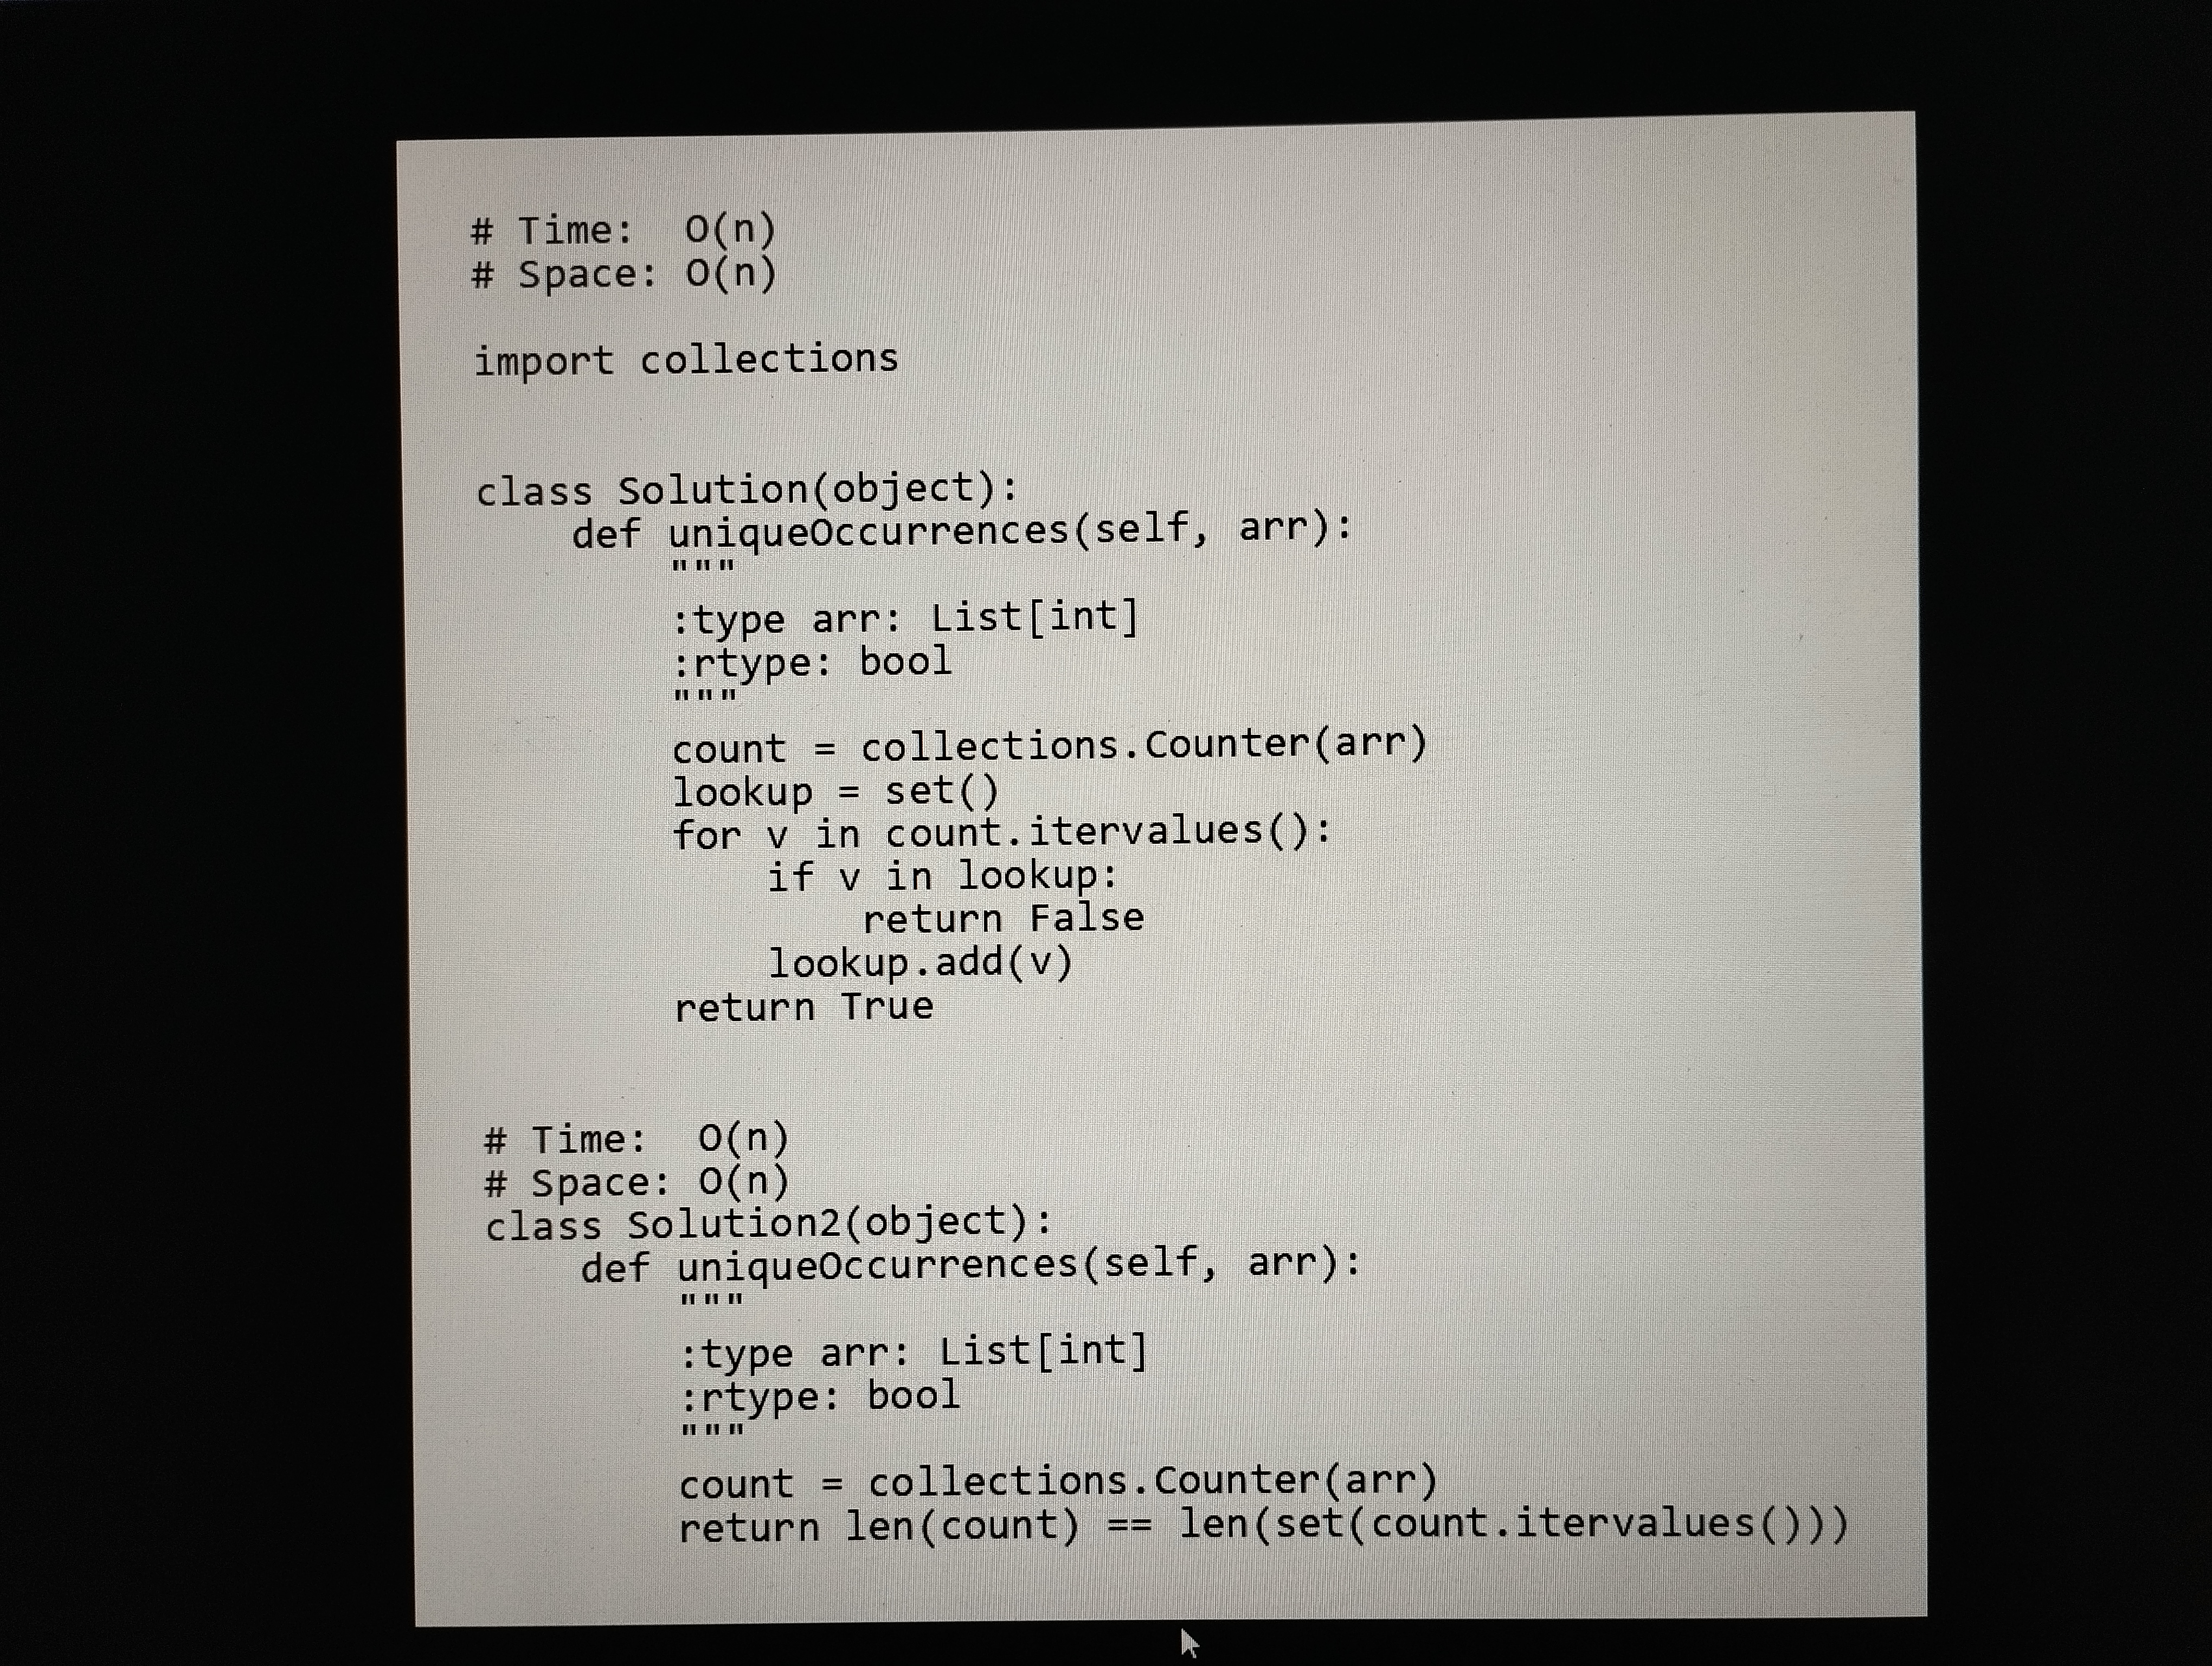
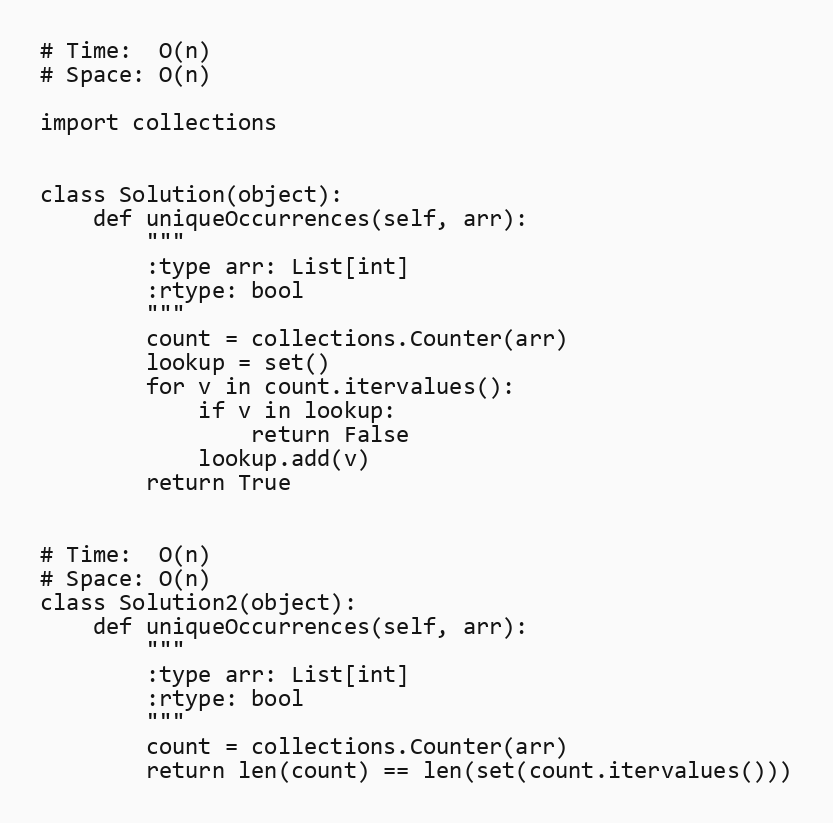
# Time:  O(n)
# Space: O(n)

import collections

class Solution(object):
    def uniqueOccurrences(self, arr):
        """
        :type arr: List[int]
        :rtype: bool
        """
        count = collections.Counter(arr)
        lookup = set()
        for v in count.itervalues():
            if v in lookup:
                return False
            lookup.add(v)
        return True

# Time:  O(n)
# Space: O(n)
class Solution2(object):
    def uniqueOccurrences(self, arr):
        """
        :type arr: List[int]
        :rtype: bool
        """
        count = collections.Counter(arr)
        return len(count) == len(set(count.itervalues()))